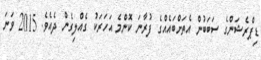
ޑިޕްރެޝަންގެ ސަބަބުން އެތަށްބައެއްގެ ފުރާނަ ކޮންމެ އަހަރަކު ގެއްލިގެން ދެއެވެ. 2015 ވަނަ